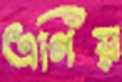
এগিয়